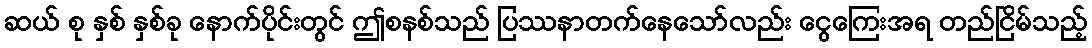
ဆယ် စု နှစ် နှစ်ခု နောက်ပိုင်းတွင် ဤစနစ်သည် ပြဿနာတက်နေသော်လည်း ငွေကြေးအရ တည်ငြိမ်သည့်